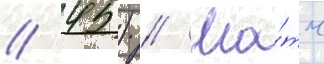
/ 45) // Ма́тч